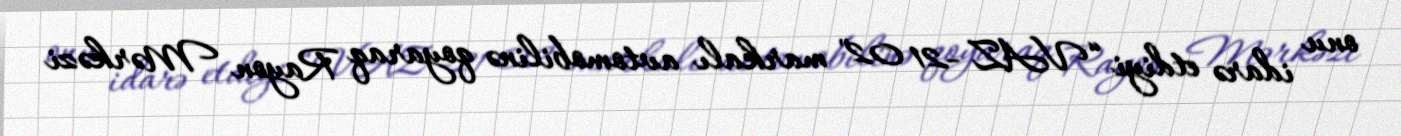
onu idarə etdiyi “VAZ -21 02" markalı avtomobilinə qoyaraq Rayon Mərkəzi